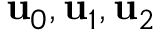
\mathbf { u } _ { 0 } , \mathbf { u } _ { 1 } , \mathbf { u } _ { 2 }